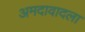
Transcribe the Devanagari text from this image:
अमदावादला